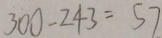
3 0 0 - 2 4 3 = 5 7